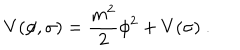
V ( \phi , \sigma ) = { \frac { m ^ { 2 } } { 2 } } \phi ^ { 2 } + V ( \sigma ) \ .